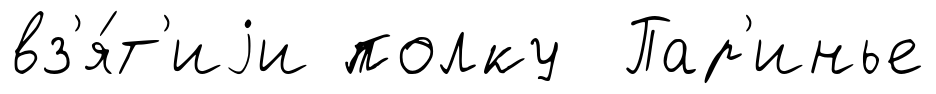
вз'я́т'иjи полку Пар'инье